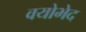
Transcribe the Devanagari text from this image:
वयोभेद